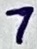
Text: 7